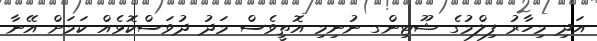
އަދި މިހާރު ފިލްމުގެ ޝޫޓިންގ ނުނިމި އޮތީވެސް މަދު ދުވަސްކޮޅެއް ކަމަށް އޭނާ